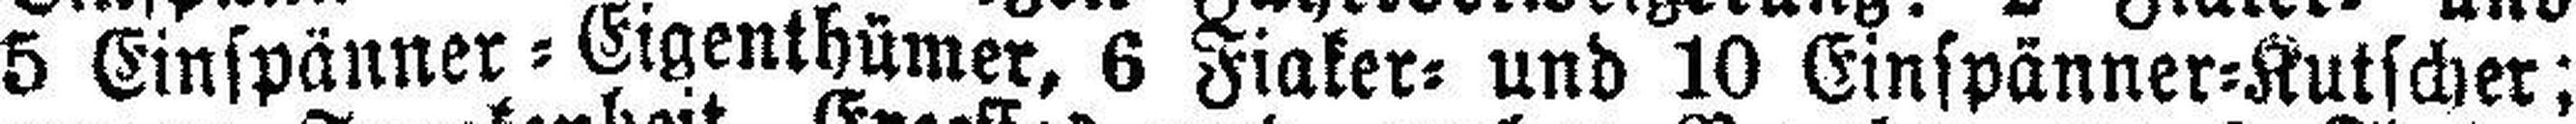
5 Einspänner=Eigenthümer, 6 Fiaker= und 10 Einspänne=Kutscher;